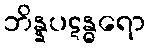
ဘိန္နပဋန္ဓရော